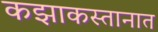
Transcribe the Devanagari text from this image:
कझाकस्तानात